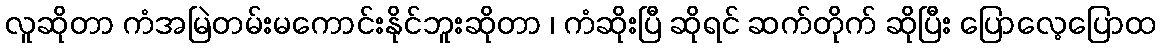
လူဆိုတာ ကံအမြဲတမ်းမကောင်းနိုင်ဘူးဆိုတာ ၊ ကံဆိုးပြီ ဆိုရင် ဆက်တိုက် ဆိုပြီး ပြောလေ့ပြောထ